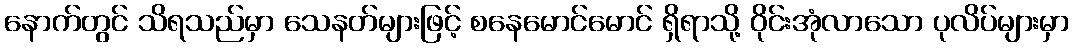
နောက်တွင် သိရသည်မှာ သေနတ်များဖြင့် စနေမောင်မောင် ရှိရာသို့ ဝိုင်းအုံလာသော ပုလိပ်များမှာ